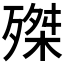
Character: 𣩊